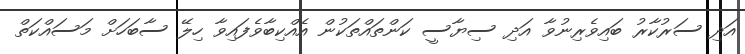
އަދި ސަރުކާރު ބައިވެރިނުވާ އަދި ސިޔާސީ ކަންތައްތަކުން އެއްކިބާވެފައިވާ ހިލޭ ސާބަހަށް މަސައްކަތް